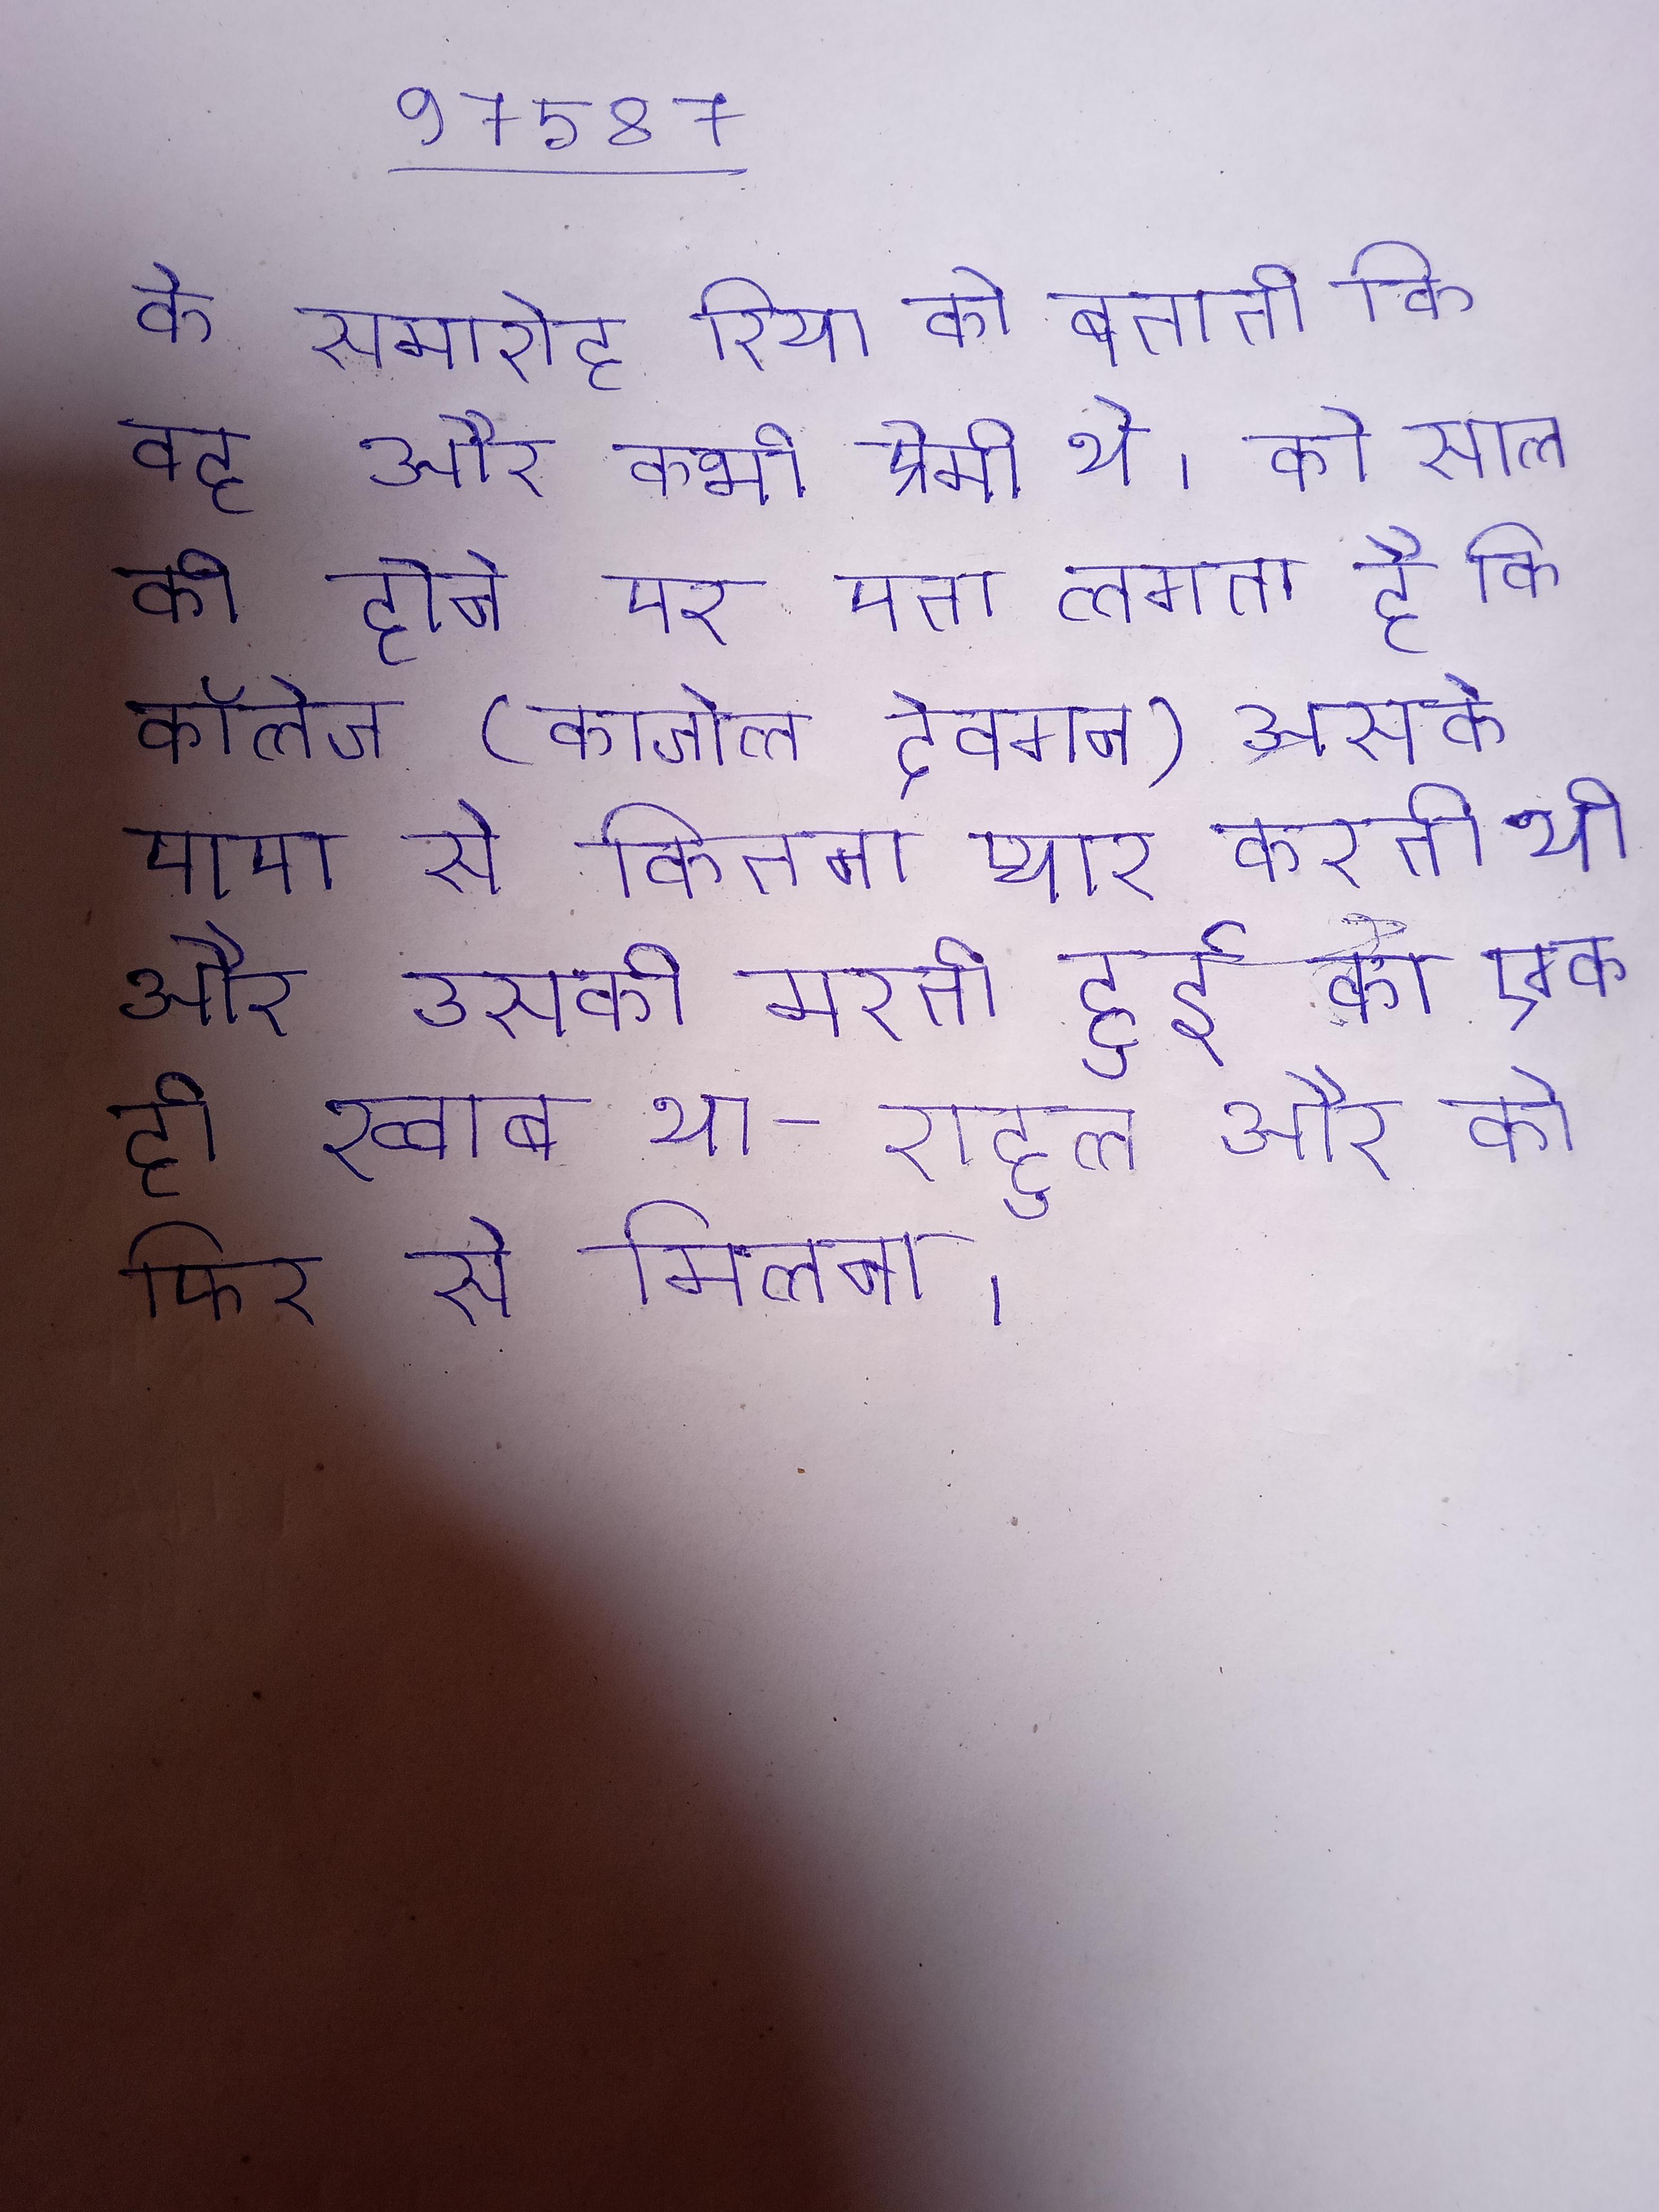
के समारोह रिया को बताती कि वह और कभी प्रेमी थे । को साल की होने पर पता लगता है कि कॉलेज (काजोल देवगन) उसके पापा से कितना प्यार करती थी और उसकी मरती हुई का एक ही ख्वाब था -राहुल और को फिर से मिलाना ।